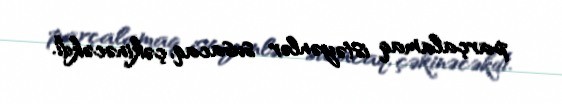
parçalamaq istəyənlər susacaq, çəkinəcəkdi.